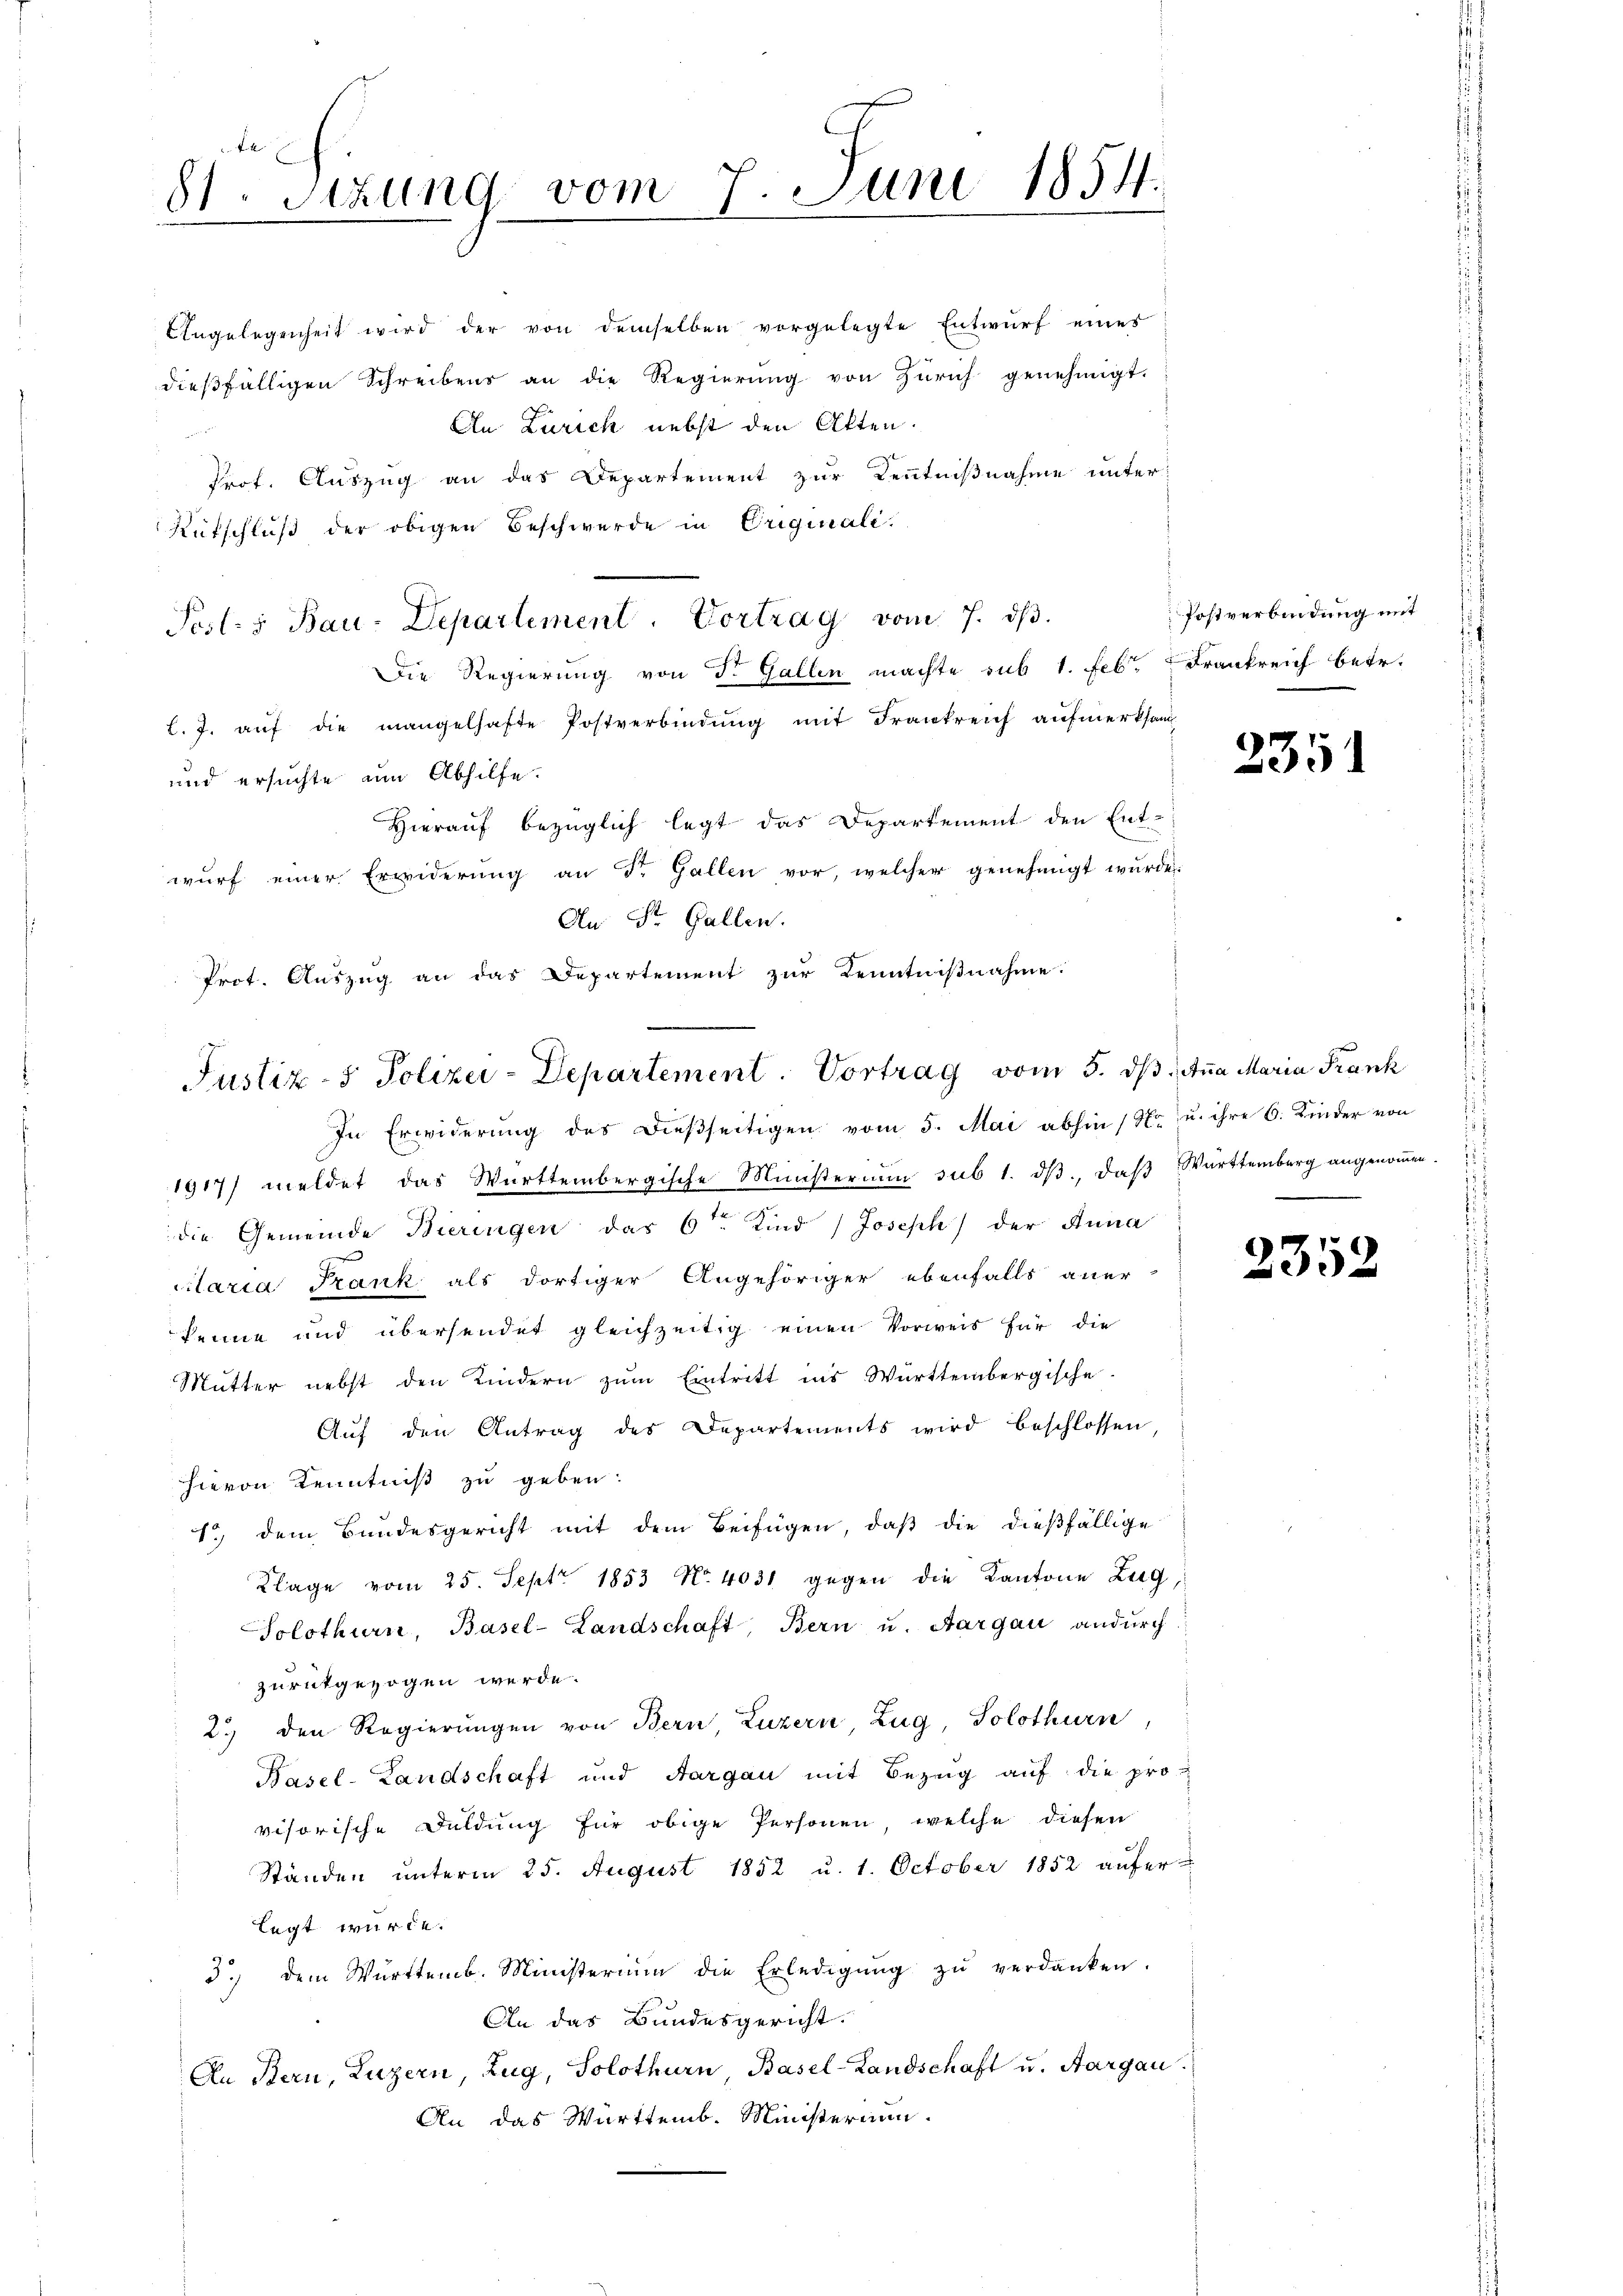
81. Sitzung vom 7. Juni 1854.

Angelegenheit wird der von demselben vorgelegte Entwŭrf eines
dießfälligen Schreibens an die Regierŭng von Zürich genehmigt.
An Zürich nebst den Atten.
Prof. Auszug an das Departement zur Kenntnißnahme unter
Rutschluß der obigen Beschwerde in Originali.
Posts Bau-Departement. Vortrag vom 7. dβ.
Die Regierung von d. Gallen machte sub 1. Feb. Frankreich betr.
l. J. aŭf die mangelhafte Postverbindŭng mit Frankreich aŭfmerksam-
und ersuchte am Abhilfe.
Hierauf bezüglich legt das Departement den Ent-
wurf einer Erwiderung an St. Gallen vor, welcher genehmigt wurde.
An St. Gallen.
Prot. Auszug an das Departement zur Kenntnißnahme:

Justiz- & Polizei-Departement. Vortrag vom 5. dβ. Aṅa Maria Frank

In Erwiderung des dießseitigen vom 5. Mai abhin (Nr. u. ihre 6. Kinder von
1917/ meldet das Württembergische Ministerium sub 1. dβ, daβ Württemberg angenoṁen.
die Gemeinde Bieringen das 6ten Kind Joseph der Anna
citaria Frank als dortiger Angehöriger ebenfalls aner-
kenne und übersendet gleichzeitig einen Vorweis für die
Mutter nebst den Kindern zum Eintritt ins Württembergische
Auf den Antrag des Departements wird beschlossen,
hievon Kenntniß zu geben.
1.) dem Bundesgericht mit dem Beifügen, daß die dießfällige
Klage vom 25. Sept. 1853 No. 4031 gegen die Kantone Zug,
Solothurn, Basel-Landschaft, Bern u. Aargau andurch
zurükgezogen werde.
2.) den Regierŭngen von Bern, Luzern Zug, Solothurn,
Pasel-Landschaft und Aargau mit Bezug auf die pro-
visorische Duldung für obige Personen, welche diesen
Ständen unterm 25. August 1852 u. 1. October 1852 aufer-
legt würde.
3.) dem Württemb. Ministerium die Erledigŭng zŭ verdanken.
An das Bundesgericht.
An Bern, Luzern, Zug, Solothurn, Basel-Landschaft u. Aargau.
An das Württemb. Ministerium.

Postverbindung mit

2351

2352